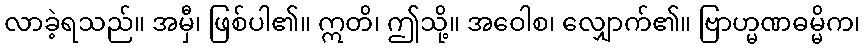
လာခဲ့ရသည်။ အမှီ၊ ဖြစ်ပါ၏။ ဣတိ၊ ဤသို့။ အဝေါစ၊ လျှောက်၏။ ဗြာဟ္မဏဓမ္မိက၊